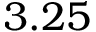
3 . 2 5